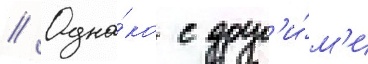
// Одна́ко с друг'и́м'и